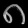
Digit: ၈